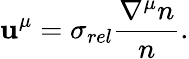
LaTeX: \mathbf{u}^{\mu}=\sigma_{rel}\frac{{\nabla^{\mu}n}}{{n}}.